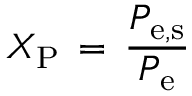
X _ { \mathrm { { P } } } \, = \, \frac { P _ { \mathrm { { e , s } } } } { P _ { \mathrm { { e } } } }